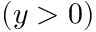
( y > 0 )